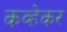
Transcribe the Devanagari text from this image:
कव्हेकर